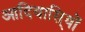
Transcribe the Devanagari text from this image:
आदिवासि्यों